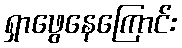
ရှာဖွေနေကြောင်း